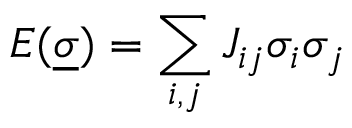
E ( \underline { { \sigma } } ) = \sum _ { i , j } J _ { i j } \sigma _ { i } \sigma _ { j }